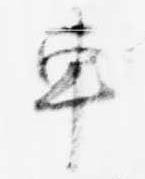
車